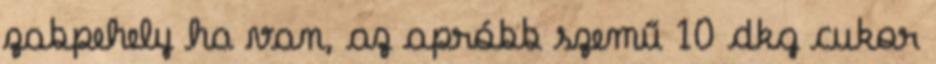
zabpehely ha van, az apróbb szemű 10 dkg cukor